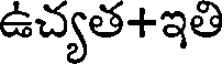
ఉచ్యత+ఇతి